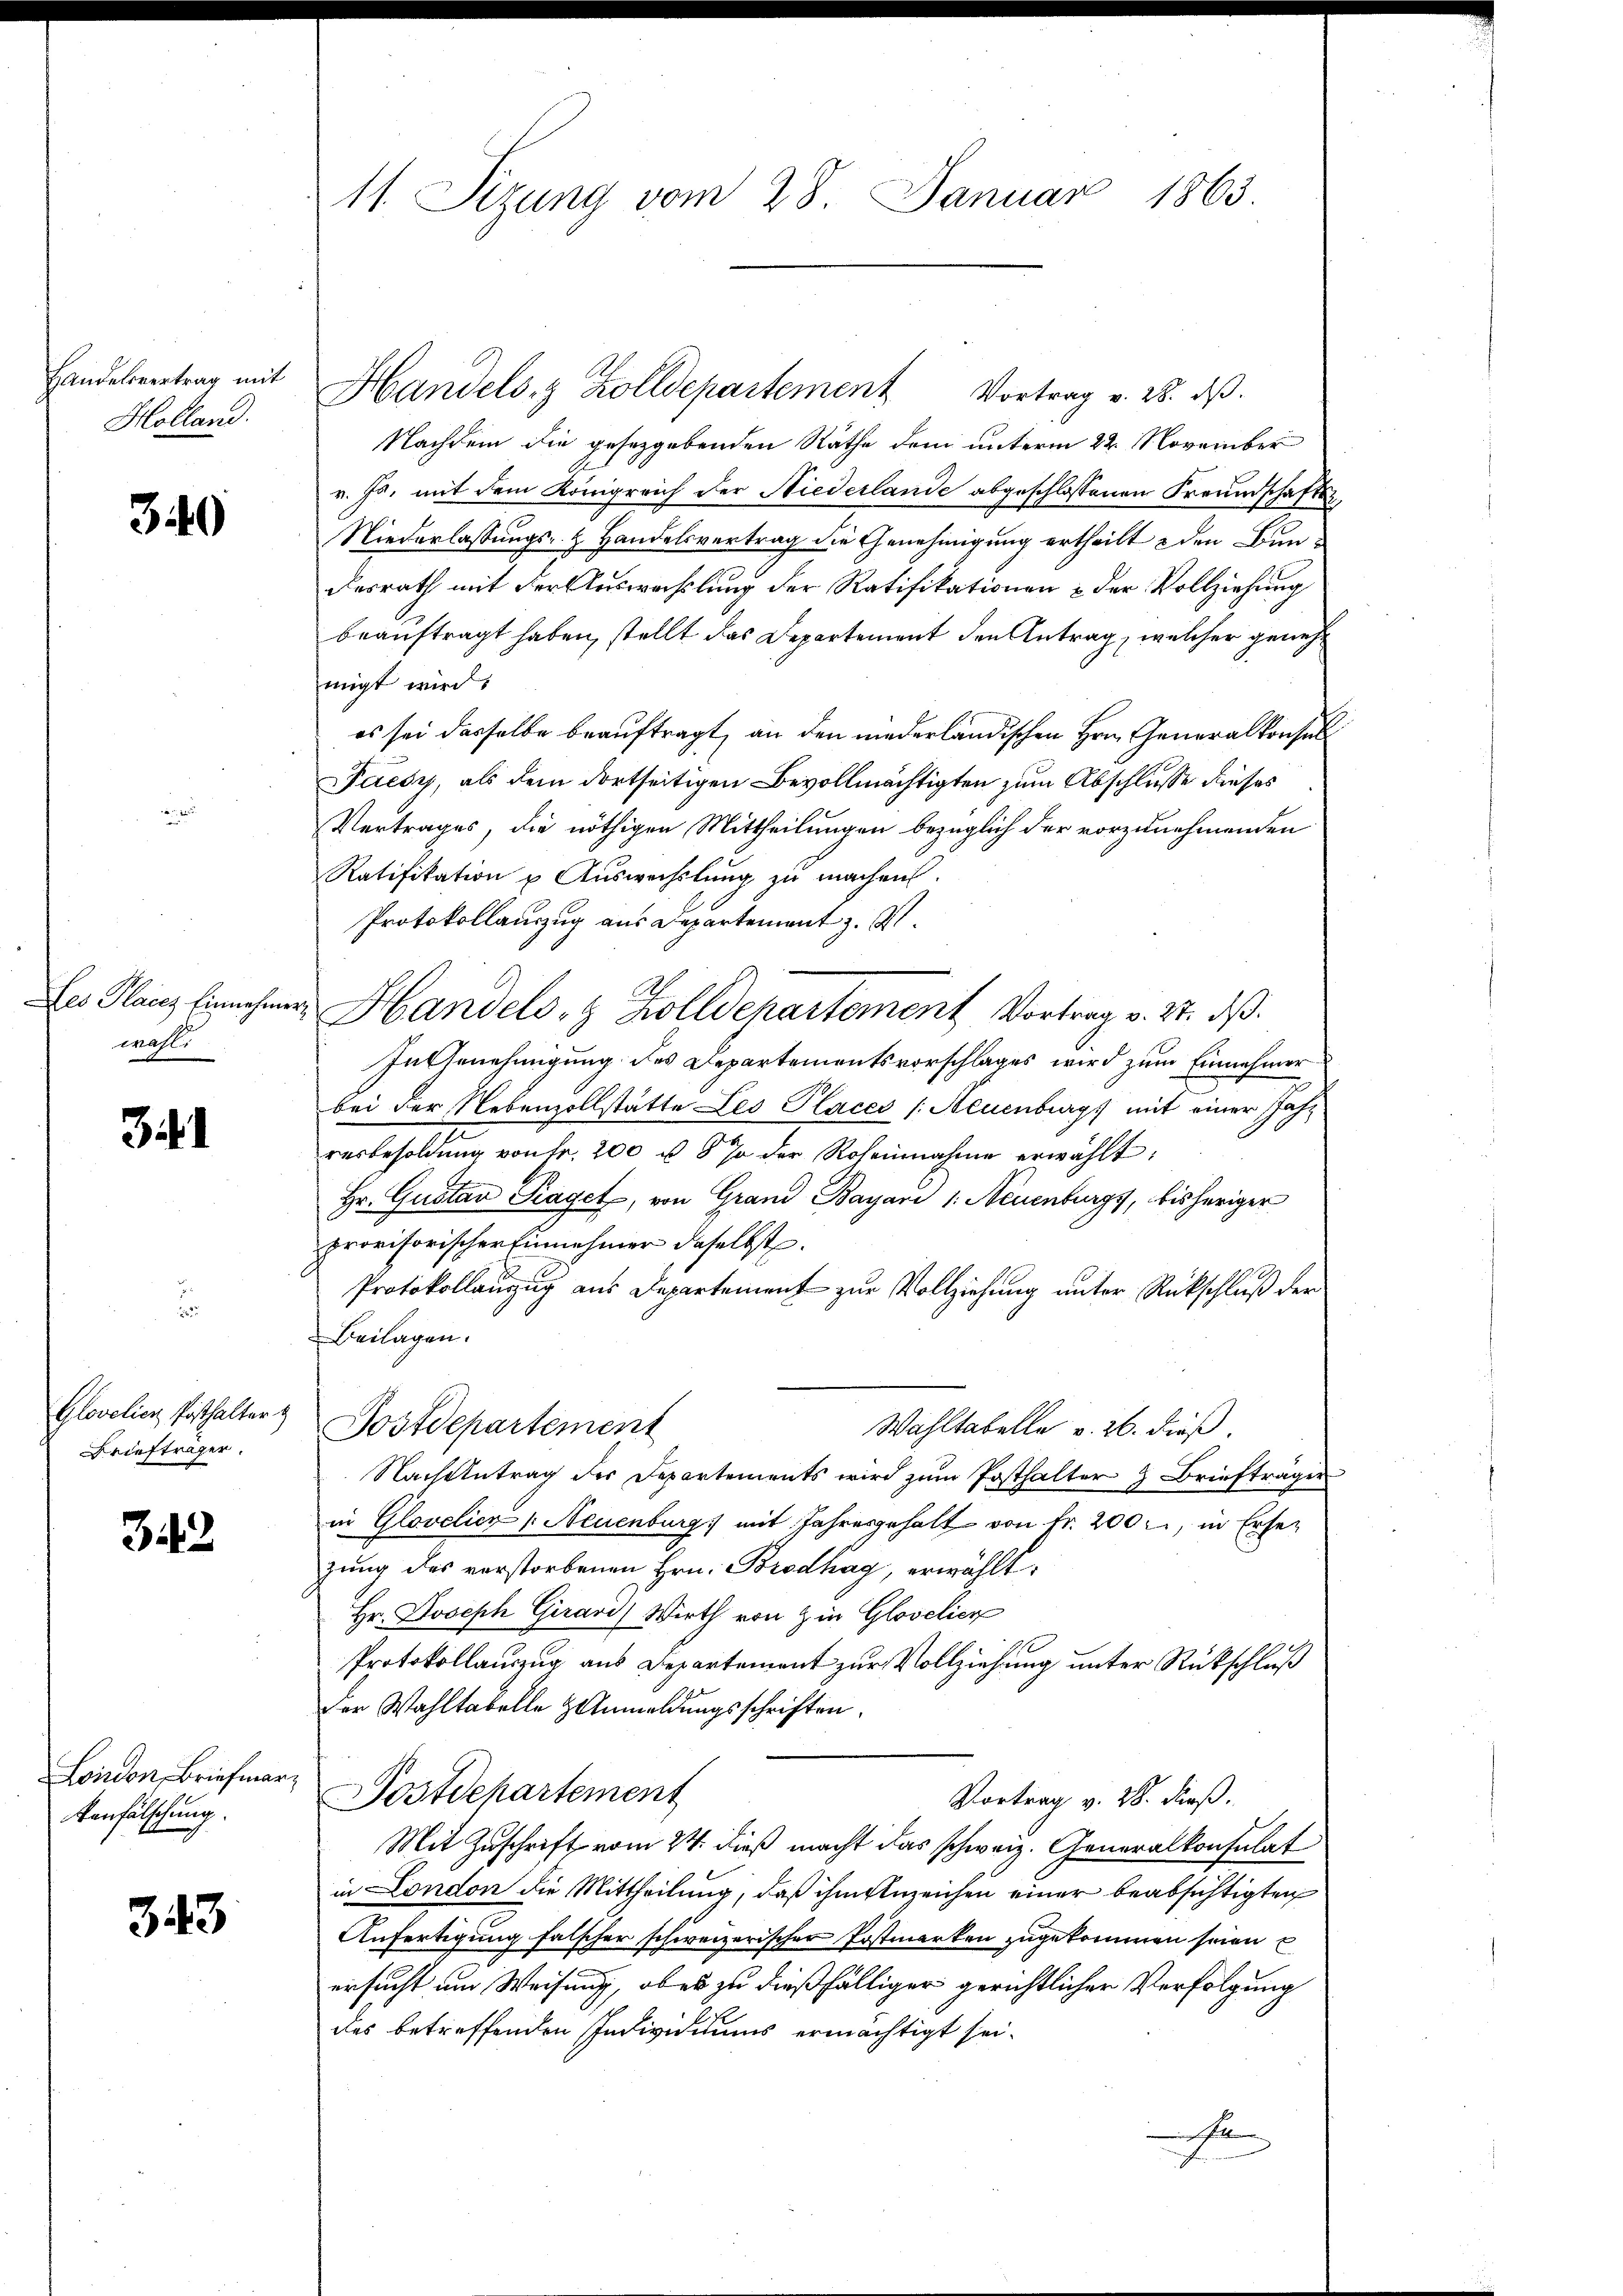
Handelsvertrag mit
Holland.

340

Des Placez Einnehmen
wahl

341

Glovelicz Posthalter z
Briefträger.

342

Loindon, Briefmar.
tenfälschung.

343

11. Sizung vom 28. Januar 1863

Handels- & Zolldepartement Vortrag v. 28. ds.
Nachdem die gesetzgebenden Rathe dem unterm 22. November
v. Ja, mit dem Königreich der Niederlande abgeschlossenen Freundschafts¬
Niederlassungs- & Handelsvertrag die Genehmigung ertheilt & den Bundesrath mit der Auswachslung der Ratifikationen & der Vollziehung
beauftragt haben, stellt das Departement den Antrag, welcher genehmigt wird.
es sei dasselbe beauftragt, an den niederländischen Hrn. Generalkonsul
Faesy, als dem dortseitigen Bevollmächtigten zum Abschlusse dieses
Vertrages, die nöthigen Mittheilungen bezüglich der vorzunehmenden
Ratifikation u. Auswechslung zu machen.
Protokollauszug aus Departement z. Z.
u
Handels- & Zolldepartement Vortrag v. 27. dβ.
In Genehmigung des Departementsvorschlages wird zum Einnehmer
bei der Nebenzollstätte Les Places /: Neuenburg mit einer Jahr
resbesoldung von Fr. 200 u. 5 % der Roheinnahme erwählt:
Hr. Gustav Piaget, von Grand Bayari 1: Neuenburgs, bisheriger
provisorischer Einnehmer daselbst.
Protokollanzug aus Departement zur Vollziehung unter Rückschluß der
Beilagen.
Postdepartement
Wahltabelle v. 26. dieß.
Nachantrag des Departements wird zŭm Posthalter & Brieftrager
in Glovelicz (Neuenburg mit Jahresgehalt von Fr. 200, in Erset
zung des verstorbenen Hrn. Brodhag, erwählt:
Hr. Joseph Girari) Wirth von in Glovelier
Protokollauszug aus Departement zur Vollziehung unter Rückschluß
der Wahltabelle Anmeldungsschriften.
Postdepartement
Vortrag v. 28. dieß.
Mit Zuschrift vom 24. dieß macht das schweiz. Generalkonsulat
in London die Mittheilung, daß ihm Anzeichen einer beabsichtigten
Anfertigung falscher schweizerischer Postmarken zugekommen seien E
ersucht und Weisung, ober zu dießfälliger gerichtlicher Verfolgung
des betreffenden Individuums ermächtigt sei.
nichten